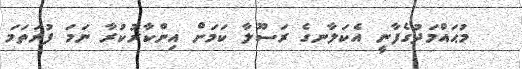
މުޙައްމަދުގެފާނީ އެކަލާނގެ ރަސޫލާ ކަމަށް އިންކާރުކުރާ ނަމަ ފުރަތަމަ